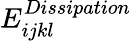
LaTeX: E_{ijkl}^{Dissipation}